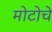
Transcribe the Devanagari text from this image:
मोटोचे